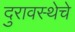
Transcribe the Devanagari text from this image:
दुरावस्थेचे